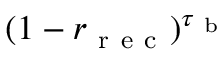
( 1 - r _ { \mathrm { ~ r ~ e ~ c ~ } } ) ^ { \tau _ { \mathrm { ~ b ~ } } }